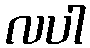
လပါ